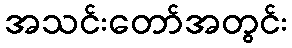
အသင်းတော်အတွင်း